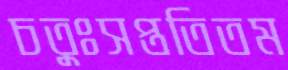
চতুঃসপ্ততিতম